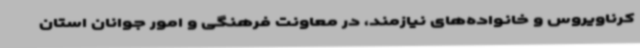
کرناویروس و خانواده‌های نیازمند، در معاونت فرهنگی و امور جوانان استان